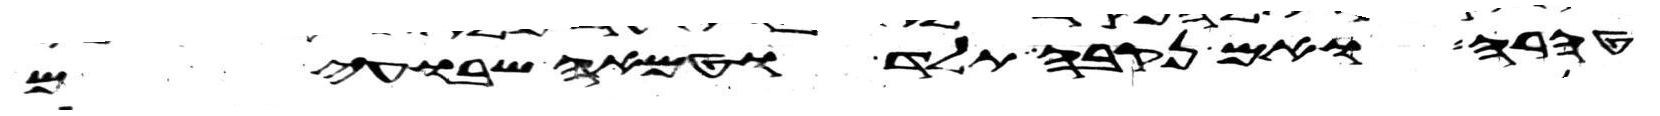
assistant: טהרה ואם נקבה תלד וטמאה שבועים